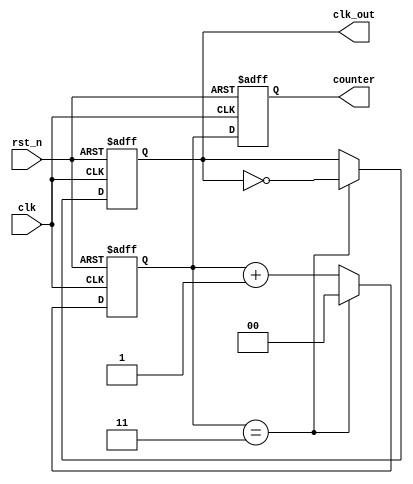
module FrequencyDivider #(parameter N = 4) (
    input wire clk,         // Clock input
    input wire rst_n,      // Active-low reset
    output reg clk_out,    // Divided clock output
    output reg [$clog2(N)-1:0] counter // Counter value (optional)
);

    // Counter variable
    reg [$clog2(N)-1:0] count; // Temporary count register

    // Asynchronous reset and counter logic
    always @(posedge clk or negedge rst_n) begin
        if (!rst_n) begin
            count <= 0;      // Reset the count to 0
            clk_out <= 0;    // Reset the output clock to 0
        end else begin
            if (count == (N-1)) begin
                count <= 0;         // Reset count when it reaches N
                clk_out <= ~clk_out; // Toggle the output clock
            end else begin
                count <= count + 1; // Increment the count
            end
        end
    end

    // Assign counter output
    always @(posedge clk or negedge rst_n) begin
        if (!rst_n) begin
            counter <= 0; // Reset the counter on reset
        end else begin
            counter <= count; // Update counter value
        end
    end

endmodule